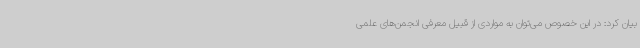
بیان کرد: در این خصوص می‌توان به مواردی از قبیل معرفی انجمن‌های علمی